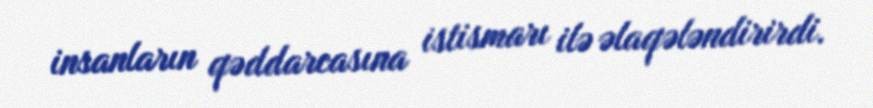
insanların qəddarcasına istismarı ilə əlaqələndirirdi.